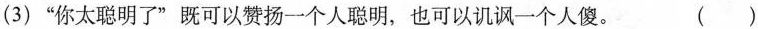
((3)”你太聪明了”既可以赞扬一个人聪明，也可以讥讽一个人傻。 ( )